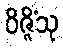
ဝိဇ္ဇိံသု